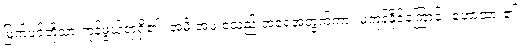
မြက်ပင်တို့သာ ကုန်ဖွယ်ရာရှိ၏။ အမိ အဖ စသည် အရေအတွက်ကား မကုန်နိုင်ကြောင်း ဟောထား၏။